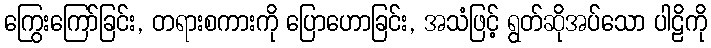
ကြွေးကြော်ခြင်း, တရားစကားကို ပြောဟောခြင်း, အသံဖြင့် ရွတ်ဆိုအပ်သော ပါဠိကို